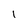
Character: I